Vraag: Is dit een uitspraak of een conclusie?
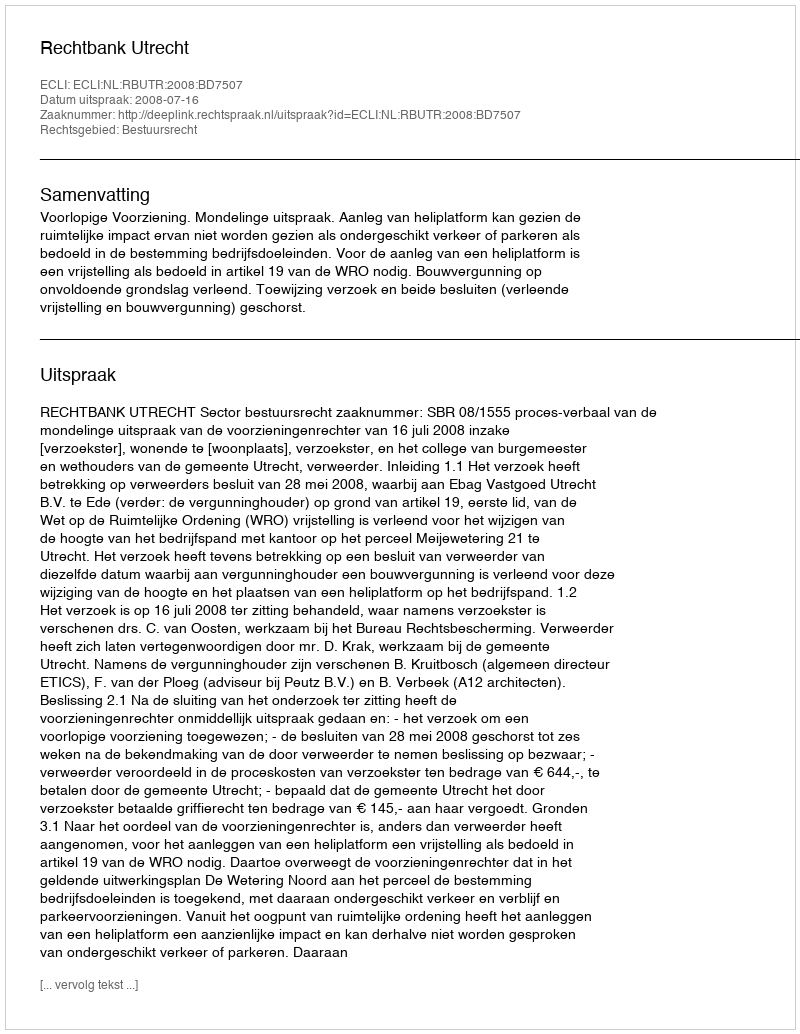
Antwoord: Uitspraak